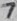
Text: 7